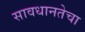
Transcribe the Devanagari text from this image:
सावधानतेचा